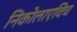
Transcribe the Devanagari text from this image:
निकोलाएविच